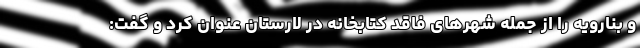
و بنارویه را از جمله شهرهای فاقد کتابخانه در لارستان عنوان کرد و گفت: